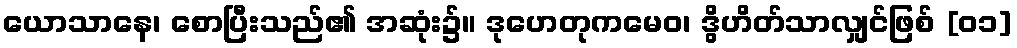
ယောသာနေ၊ စောပြီးသည်၏ အဆုံး၌။ ဒုဟေတုကမေဝ၊ ဒွိဟိတ်သာလျှင်ဖြစ် [၀၁]